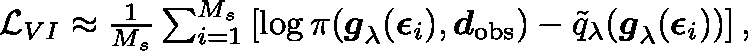
\begin{array} { r } { \mathcal { L } _ { V I } \approx \frac { 1 } { M _ { s } } \sum _ { i = 1 } ^ { M _ { s } } \left[ \log \pi ( \boldsymbol { g } _ { \mathbf { \lambda } } ( \boldsymbol { \epsilon } _ { i } ) , \boldsymbol { d } _ { \mathrm { o b s } } ) - \tilde { q } _ { \mathbf { \lambda } } ( \boldsymbol { g } _ { \mathbf { \lambda } } ( \boldsymbol { \epsilon } _ { i } ) ) \right] , } \end{array}